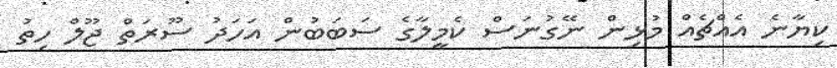
ކިޔާނެ އެއްޗެއް މުޅިން ނޭގުނަސް ކެމީލާގެ ސަބަބުން އަހަދު ސޫރަތް ޖޫލް ހިތު